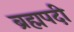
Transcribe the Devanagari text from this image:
ब्रह्मपदी